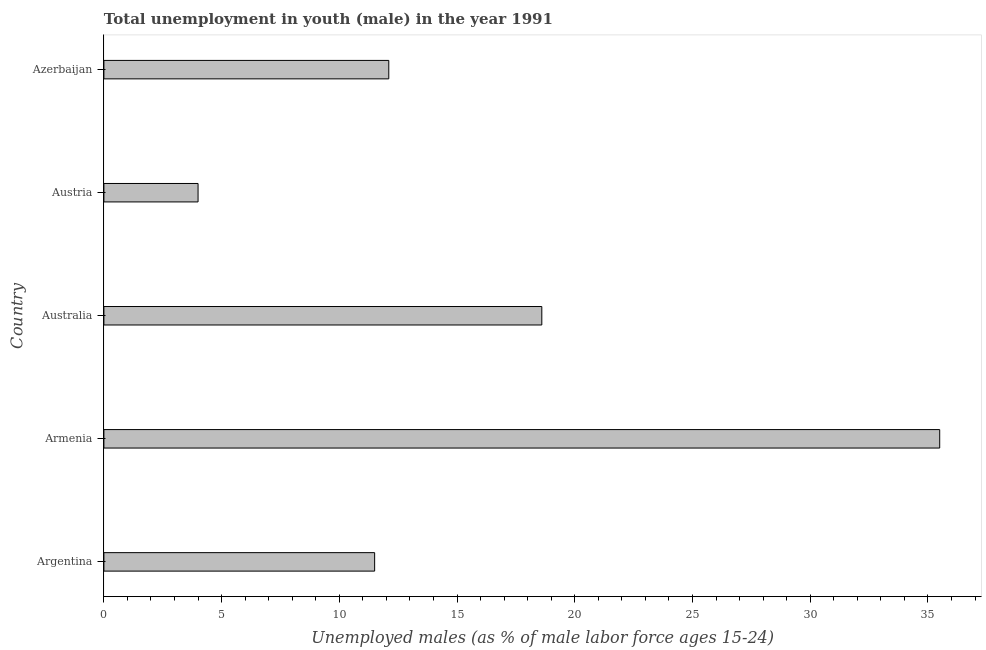
| Country | Unemployment |
 | --- | --- |
 | Argentina | 11.5 |
 | Armenia | 35.5 |
 | Australia | 18.6 |
 | Austria | 4 |
 | Azerbaijan | 12.1 |